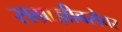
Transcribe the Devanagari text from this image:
सम्राज्ञीबरोबर